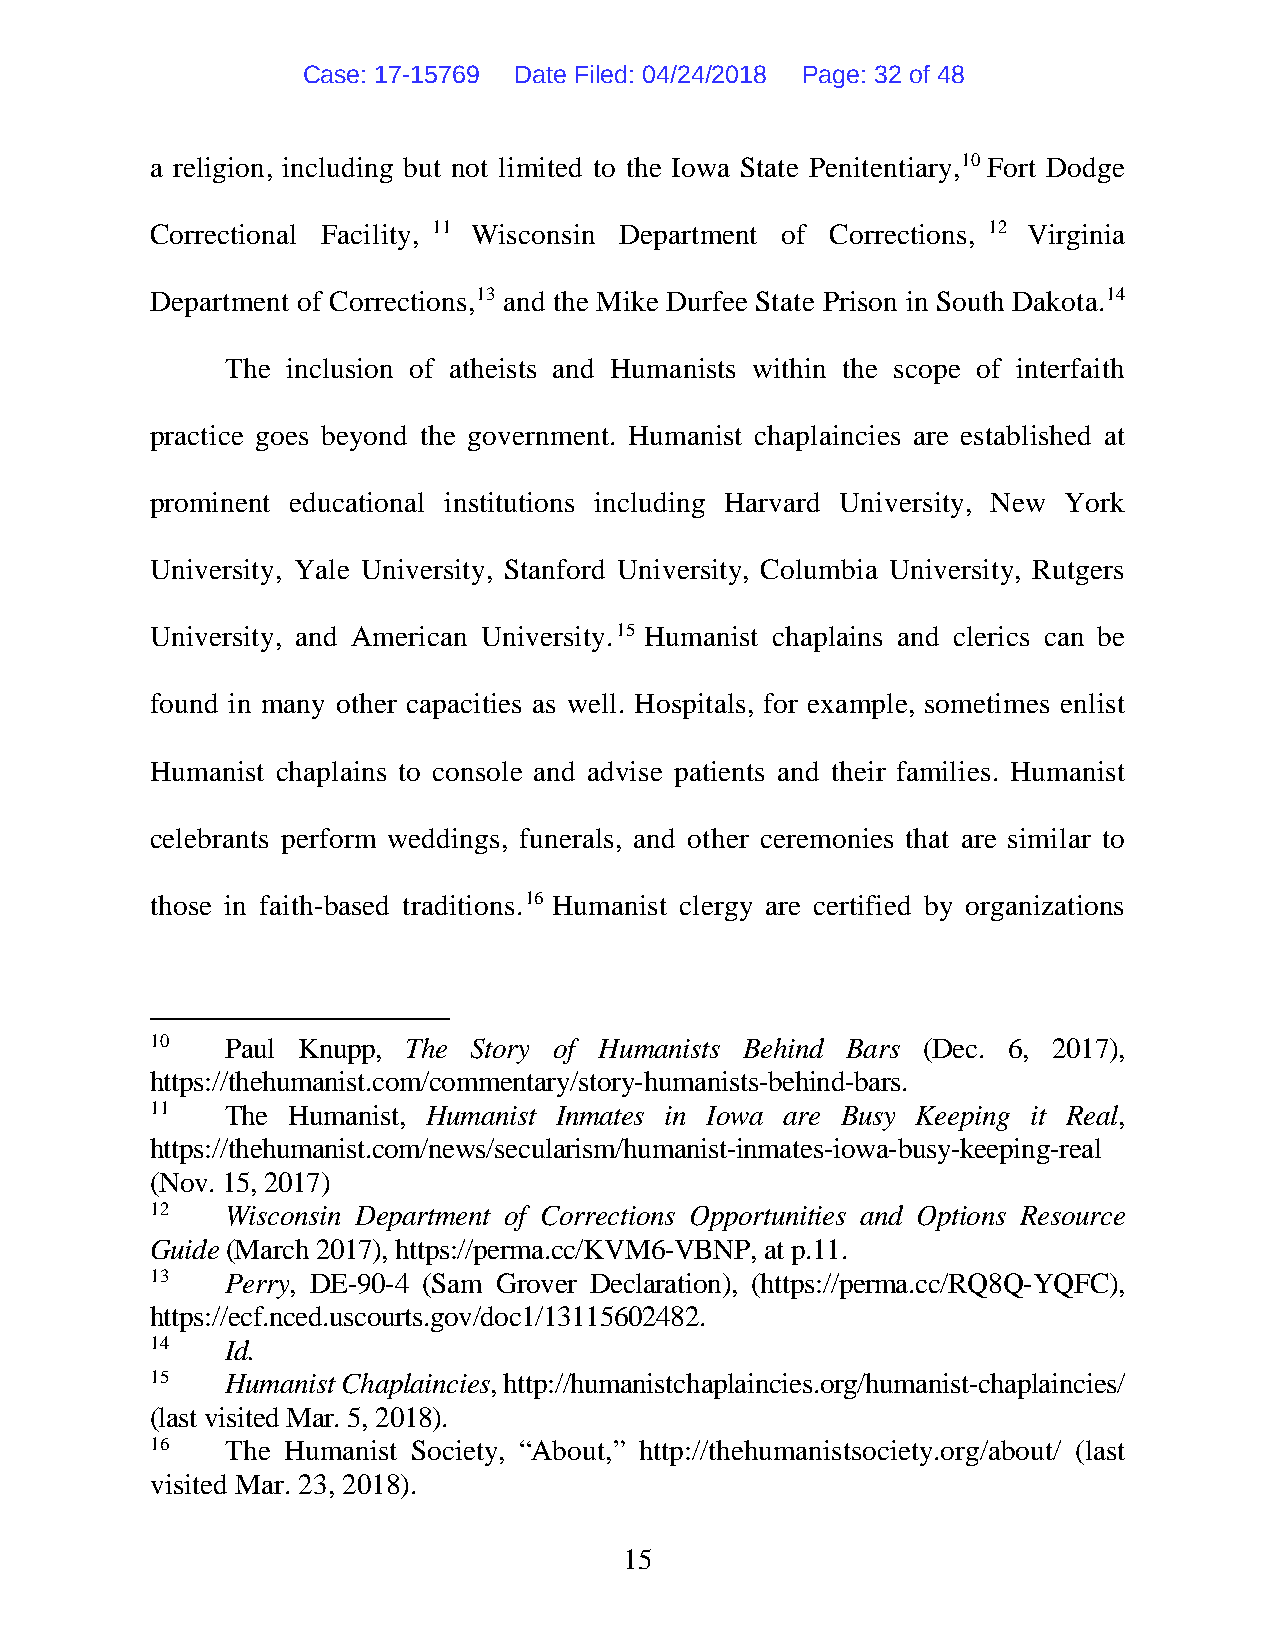
Case: 17-15769 Date Filed: 04/24/2018 Page: 32 of 48
 a religion, including but not limited to the Iowa State Penitentiary,10 Fort Dodge
 Correctional Facility, 11 Wisconsin Department of Corrections, 12 Virginia
 Department of Corrections,13 and the Mike Durfee State Prison in South Dakota.14
 The inclusion of atheists and Humanists within the scope of interfaith
 practice goes beyond the government. Humanist chaplaincies are established at
 prominent educational institutions including Harvard University, New York
 University, Yale University, Stanford University, Columbia University, Rutgers
 University, and American University.15 Humanist chaplains and clerics can be
 found in many other capacities as well. Hospitals, for example, sometimes enlist
 Humanist chaplains to console and advise patients and their families. Humanist
 celebrants perform weddings, funerals, and other ceremonies that are similar to
 those in faith-based traditions.16 Humanist clergy are certified by organizations
 10   Paul Knupp, The Story of Humanists Behind Bars (Dec. 6, 2017),
 https://thehumanist.com/commentary/story-humanists-behind-bars.
 11   The Humanist, Humanist Inmates in Iowa are Busy Keeping it Real,
 https://thehumanist.com/news/secularism/humanist-inmates-iowa-busy-keeping-real
 (Nov. 15, 2017)
 12   Wisconsin Department of Corrections Opportunities and Options Resource
 Guide (March 2017), https://perma.cc/KVM6-VBNP, at p.11.
 13   Perry, DE-90-4 (Sam Grover Declaration), (https://perma.cc/RQ8Q-YQFC),
 https://ecf.nced.uscourts.gov/doc1/13115602482.
 14   Id.
 15   Humanist Chaplaincies, http://humanistchaplaincies.org/humanist-chaplaincies/
 (last visited Mar. 5, 2018).
 16   The Humanist Society, “About,” http://thehumanistsociety.org/about/ (last
 visited Mar. 23, 2018).
 15